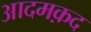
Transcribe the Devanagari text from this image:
आदमक़द